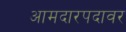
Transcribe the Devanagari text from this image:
आमदारपदावर